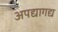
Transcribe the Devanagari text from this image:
अपद्यागद्य